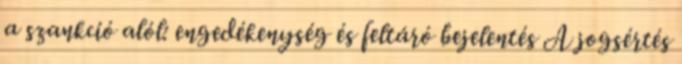
a szankció alól: engedékenység és feltáró bejelentés A jogsértés